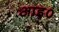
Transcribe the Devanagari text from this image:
आइ०